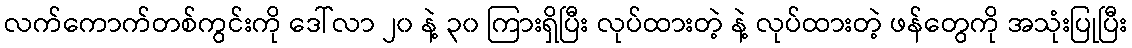
လက်ကောက်တစ်ကွင်းကို ဒေါ်လာ ၂၀ နဲ့ ၃၀ ကြားရှိပြီး လုပ်ထားတဲ့ နဲ့ လုပ်ထားတဲ့ ဖန်တွေကို အသုံးပြုပြီး